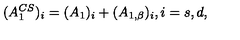
( A _ { 1 } ^ { C S } ) _ { i } = ( A _ { 1 } ) _ { i } + ( A _ { 1 , \beta } ) _ { i } , i = s , d ,